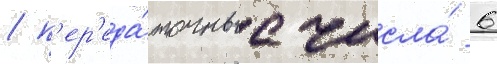
/ п'ер'еда́точные числа́ 6